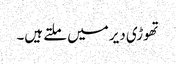
تھوڑی دیر میں ملتے ہیں۔